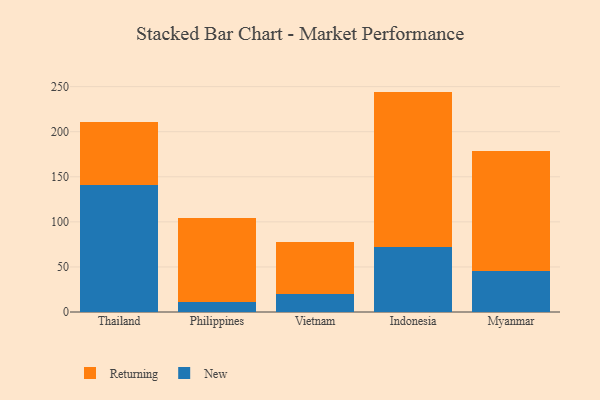
{"axis": {"x": "Country", "y": "Production Output"}, "legend": ["New", "Returning"], "data": [{"x": "Thailand", "y": 141.2, "type": "New"}, {"x": "Thailand", "y": 69.2, "type": "Returning"}, {"x": "Philippines", "y": 11.0, "type": "New"}, {"x": "Philippines", "y": 93.1, "type": "Returning"}, {"x": "Vietnam", "y": 20.3, "type": "New"}, {"x": "Vietnam", "y": 57.3, "type": "Returning"}, {"x": "Indonesia", "y": 72.1, "type": "New"}, {"x": "Indonesia", "y": 172.4, "type": "Returning"}, {"x": "Myanmar", "y": 45.1, "type": "New"}, {"x": "Myanmar", "y": 133.0, "type": "Returning"}]}